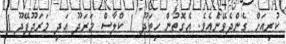
ކުރިއަށް ގެންދެވޭނެއެވެ. އެގޮތުން ހިތަދޫ 1 ކްލާސް މަރަދޫ އަދި މަރަދޫފޭދޫ 1